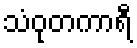
သံဝုတကာရီ